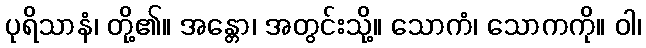
ပုရိသာနံ၊ တို့၏။ အန္တော၊ အတွင်းသို့။ သောကံ၊ သောကကို။ ဝါ၊